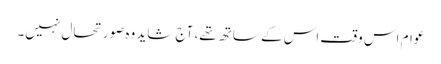
عوام اس وقت اس کے ساتھ تھے، آج شاید وہ صورتحال نہیں۔